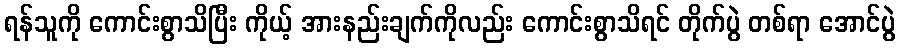
ရန်သူကို ကောင်းစွာသိပြီး ကိုယ့် အားနည်းချက်ကိုလည်း ကောင်းစွာသိရင် တိုက်ပွဲ တစ်ရာ အောင်ပွဲ